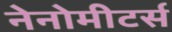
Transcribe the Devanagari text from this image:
नेनोमीटर्स